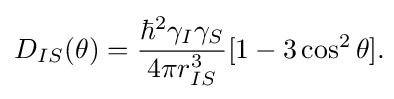
D_{IS}(\theta )={\frac {\hbar ^{2}\gamma _{I}\gamma _{S}}{4\pi r_{IS}^{3}}}[1-3\cos ^{2}\theta ].\!